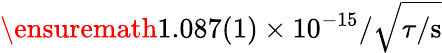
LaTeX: \ensuremath{1.087(1)\times 10^{-15}}/\sqrt{\tau/\mathrm{{s}}}